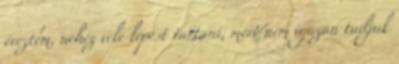
éreztem, nehéz vele lépést tartani, mert nem igazán tudjuk